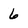
Character: 6